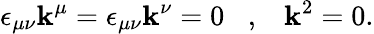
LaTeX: \epsilon_{\mu\nu}\mathbf{k}^{\mu}=\epsilon_{\mu\nu}\mathbf{k}^{\nu}=0\, \, \, \, \, ,\, \, \, \, \, \mathbf{k}^{2}=0.